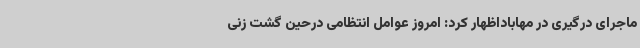
ماجرای درگیری در مهاباداظهار کرد: امروز عوامل انتظامی درحین گشت زنی